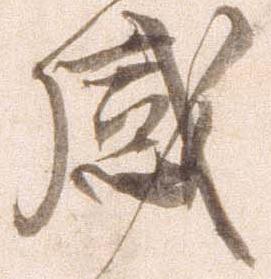
感